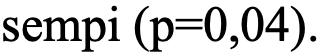
sempi (p=0,04).